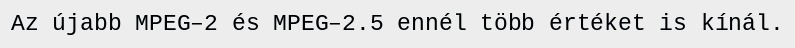
Az újabb MPEG–2 és MPEG–2.5 ennél több értéket is kínál.